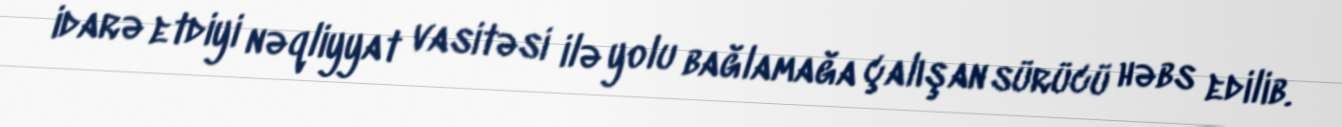
idarə etdiyi nəqliyyat vasitəsi ilə yolu bağlamağa çalışan sürücü həbs edilib.